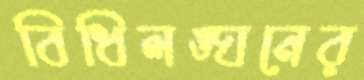
বিধিলঙ্ঘনের